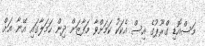
މަސްއޮޑި ގްރޫޕުގެ އިސް އެކަކު ކަމަށްވާ މަފާޒަށް ދިން ހަމަލާގައި އޭނާ އަށް